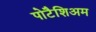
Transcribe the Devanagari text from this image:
पोटैशिअम